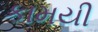
કામયી